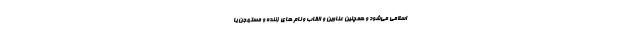
اسلامی می‌شود و همچنین عناوین و القاب و نام های زننده و مستهجن یا